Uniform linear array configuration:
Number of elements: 4
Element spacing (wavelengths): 0.75
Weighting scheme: binomial
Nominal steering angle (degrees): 30
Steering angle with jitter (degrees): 28.973
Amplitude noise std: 0.05
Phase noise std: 0.05

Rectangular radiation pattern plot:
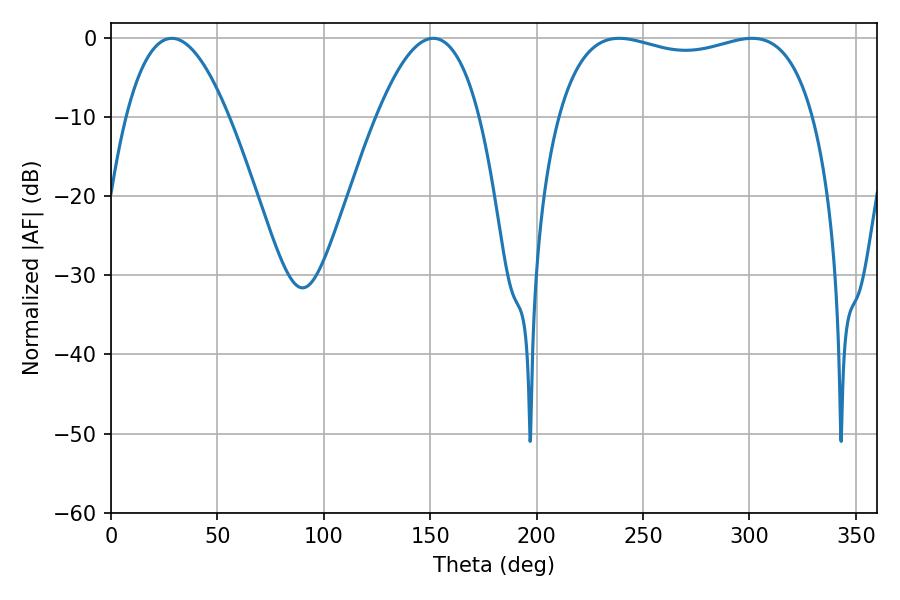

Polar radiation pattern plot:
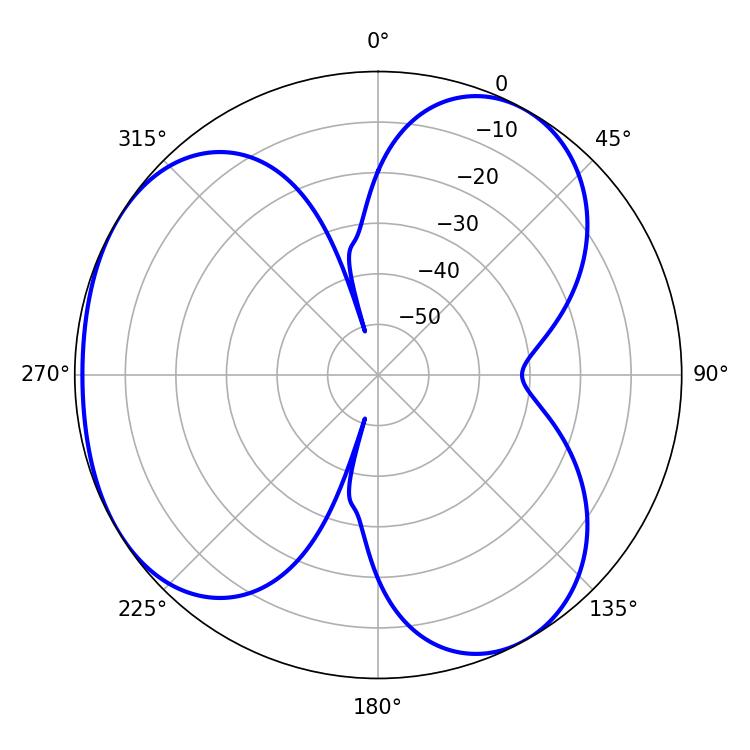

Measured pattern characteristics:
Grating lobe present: TRUE
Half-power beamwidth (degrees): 97.92
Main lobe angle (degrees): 238.86